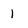
Character: 1